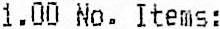
1.00 NO. ITEMS: